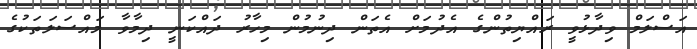
އަސްލަމް ވިދާޅުވީ ރައްޔިތުންގެ އެދުމަށް އެތަން ދިނުމުން މިހާރު ދައްކަނީ ދިމާވާ މައްސަލަތަކުގެ